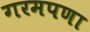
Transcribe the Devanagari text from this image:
गरमपणा